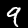
Label: 9